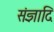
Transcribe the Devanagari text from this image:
संज्ञादि